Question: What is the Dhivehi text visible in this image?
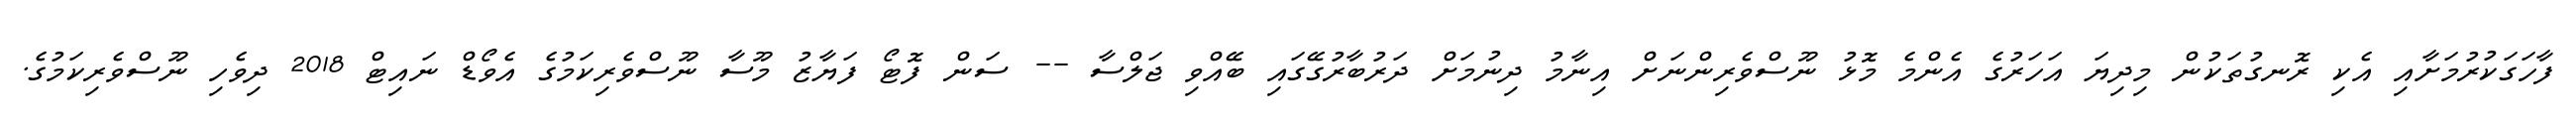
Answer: ފާހަގަކުރުމަށާއި އެކި ރޮނގުތަކުން މިދިޔަ އަހަރުގެ އެންމެ މޮޅު ނޫސްވެރިންނަށް އިނާމު ދިނުމަށް ދަރުބާރުގޭގައި ބޭއްވި ޖަލްސާ -- ސަން ފޮޓޯ ފަޔާޒު މޫސާ ނޫސްވެރިކަމުގެ އެވޯޑް ނައިޓް 2018 ދިވެހި ނޫސްވެރިކަމުގެ.